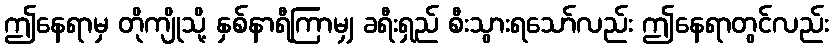
ဤနေရာမှ တိုကျိုသို့ နှစ်နာရီကြာမျှ ခရီးရှည် စီးသွားရသော်လည်း ဤနေရာတွင်လည်း